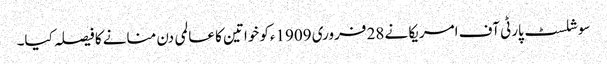
سوشلسٹ پارٹی آف امریکا نے 28 فروری 1909ءکو خواتین کا عالمی دن منانے کا فیصلہ کیا۔